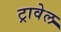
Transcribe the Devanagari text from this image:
ट्रावेल